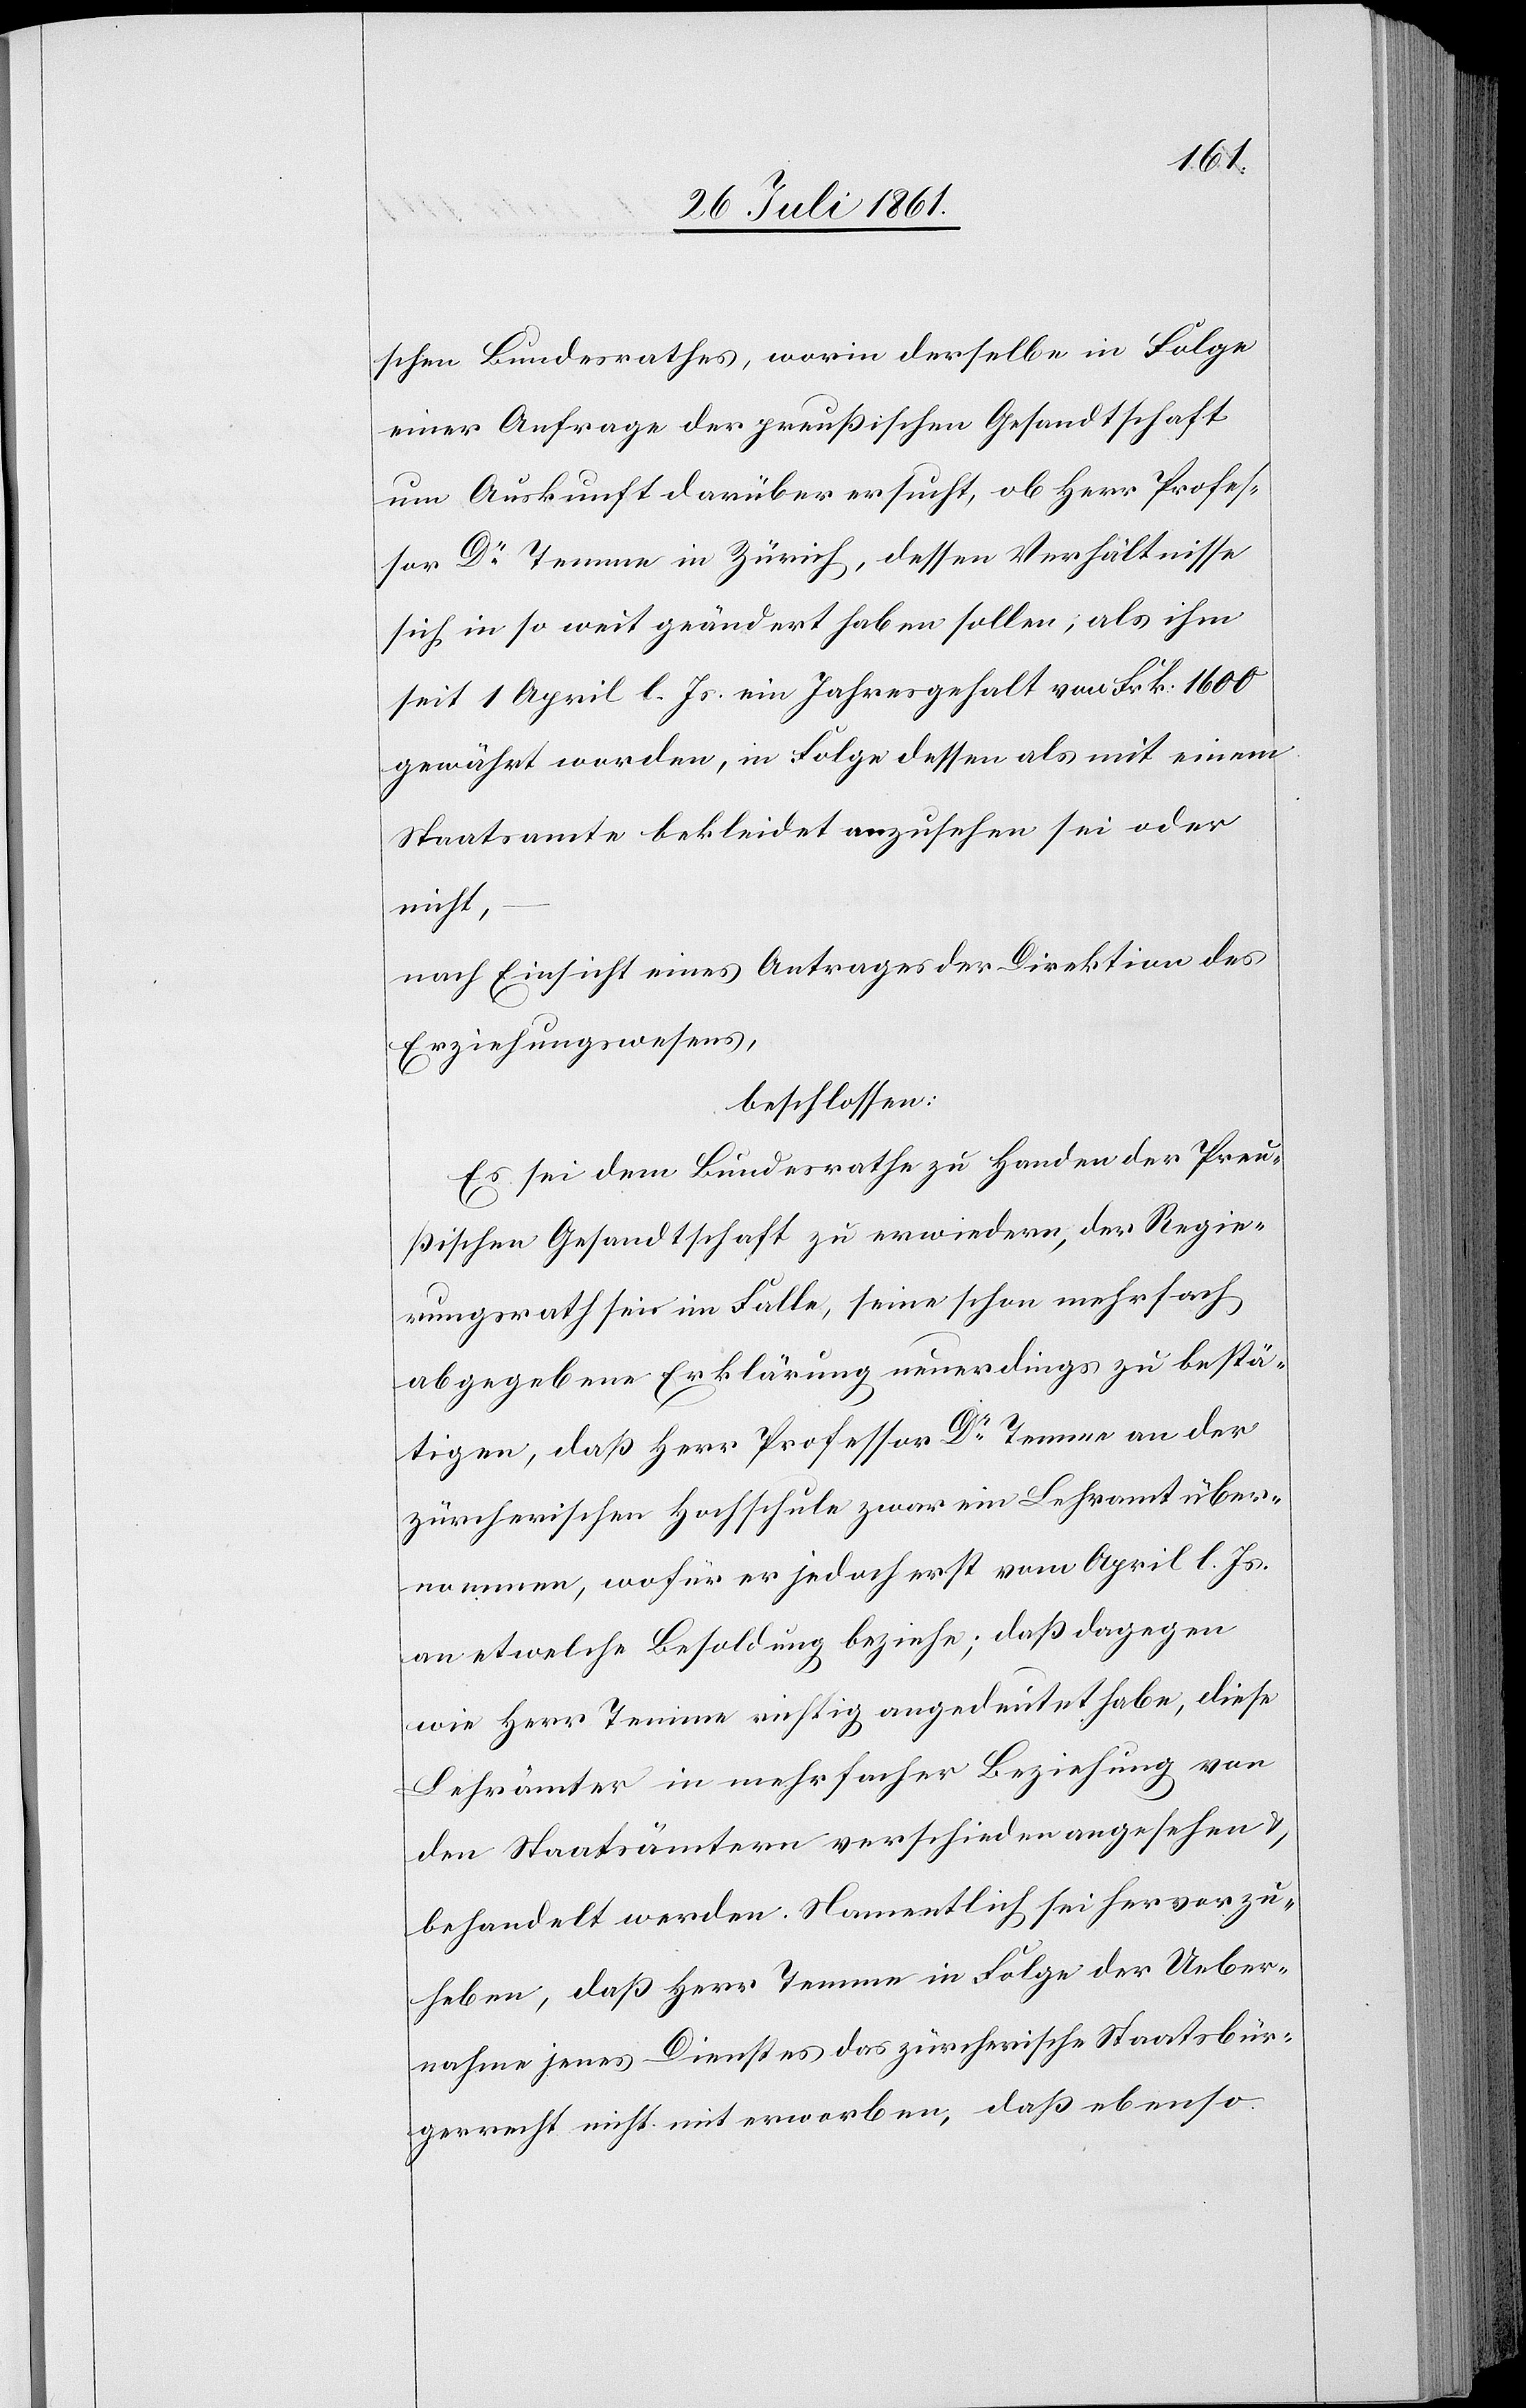
schen Bundesrathes, worin derselbe in Folge
einer Anfrage der preußischen Gesandtschaft
um Auskunft darüber ersucht, ob Herr Profes¬
sor Dr Temme in Zürich, dessen Verhältnisse
sich in so weit geändert haben sollen, als ihm
seit 1 April l. Js. ein Jahresgehalt von Frk. 1600
gewährt worden, in Folge dessen als mit einem
Staatsamte bekleidet anzusehen sei oder
nicht,
nach Einsicht eines Antrages der Direktion des
Erziehungswesens,
beschlossen:
Es sei dem Bundesrathe zu Handen der Preu¬
ßischen Gesandtschaft zu erwiedern, der Regie¬
rungsrath seie im Falle, seine schon mehrfach
abgegebene Erklärung neuerdings zu bestä¬
tigen, daß Herr Professor Dr Temme an der
zürcherischen Hochschule zwar ein Lehramt über¬
nommen, wofür er jedoch erst vom April l. Js.
an etwelche Besoldung beziehe; daß dagegen
wie Herr Temme richtig angedeutet habe, diese
Lehrämter in mehrfacher Beziehung von
den Staatsämtern verschieden angesehen u.
behandelt werden. Namentlich sei hervorzu¬
heben, daß Herr Temme in Folge der Ueber¬
nahme jenes Dienstes das zürcherische Staatsbür¬
gerrecht nicht mit erworben, daß ebenso